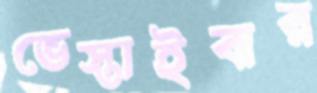
ভেস্তাইবার